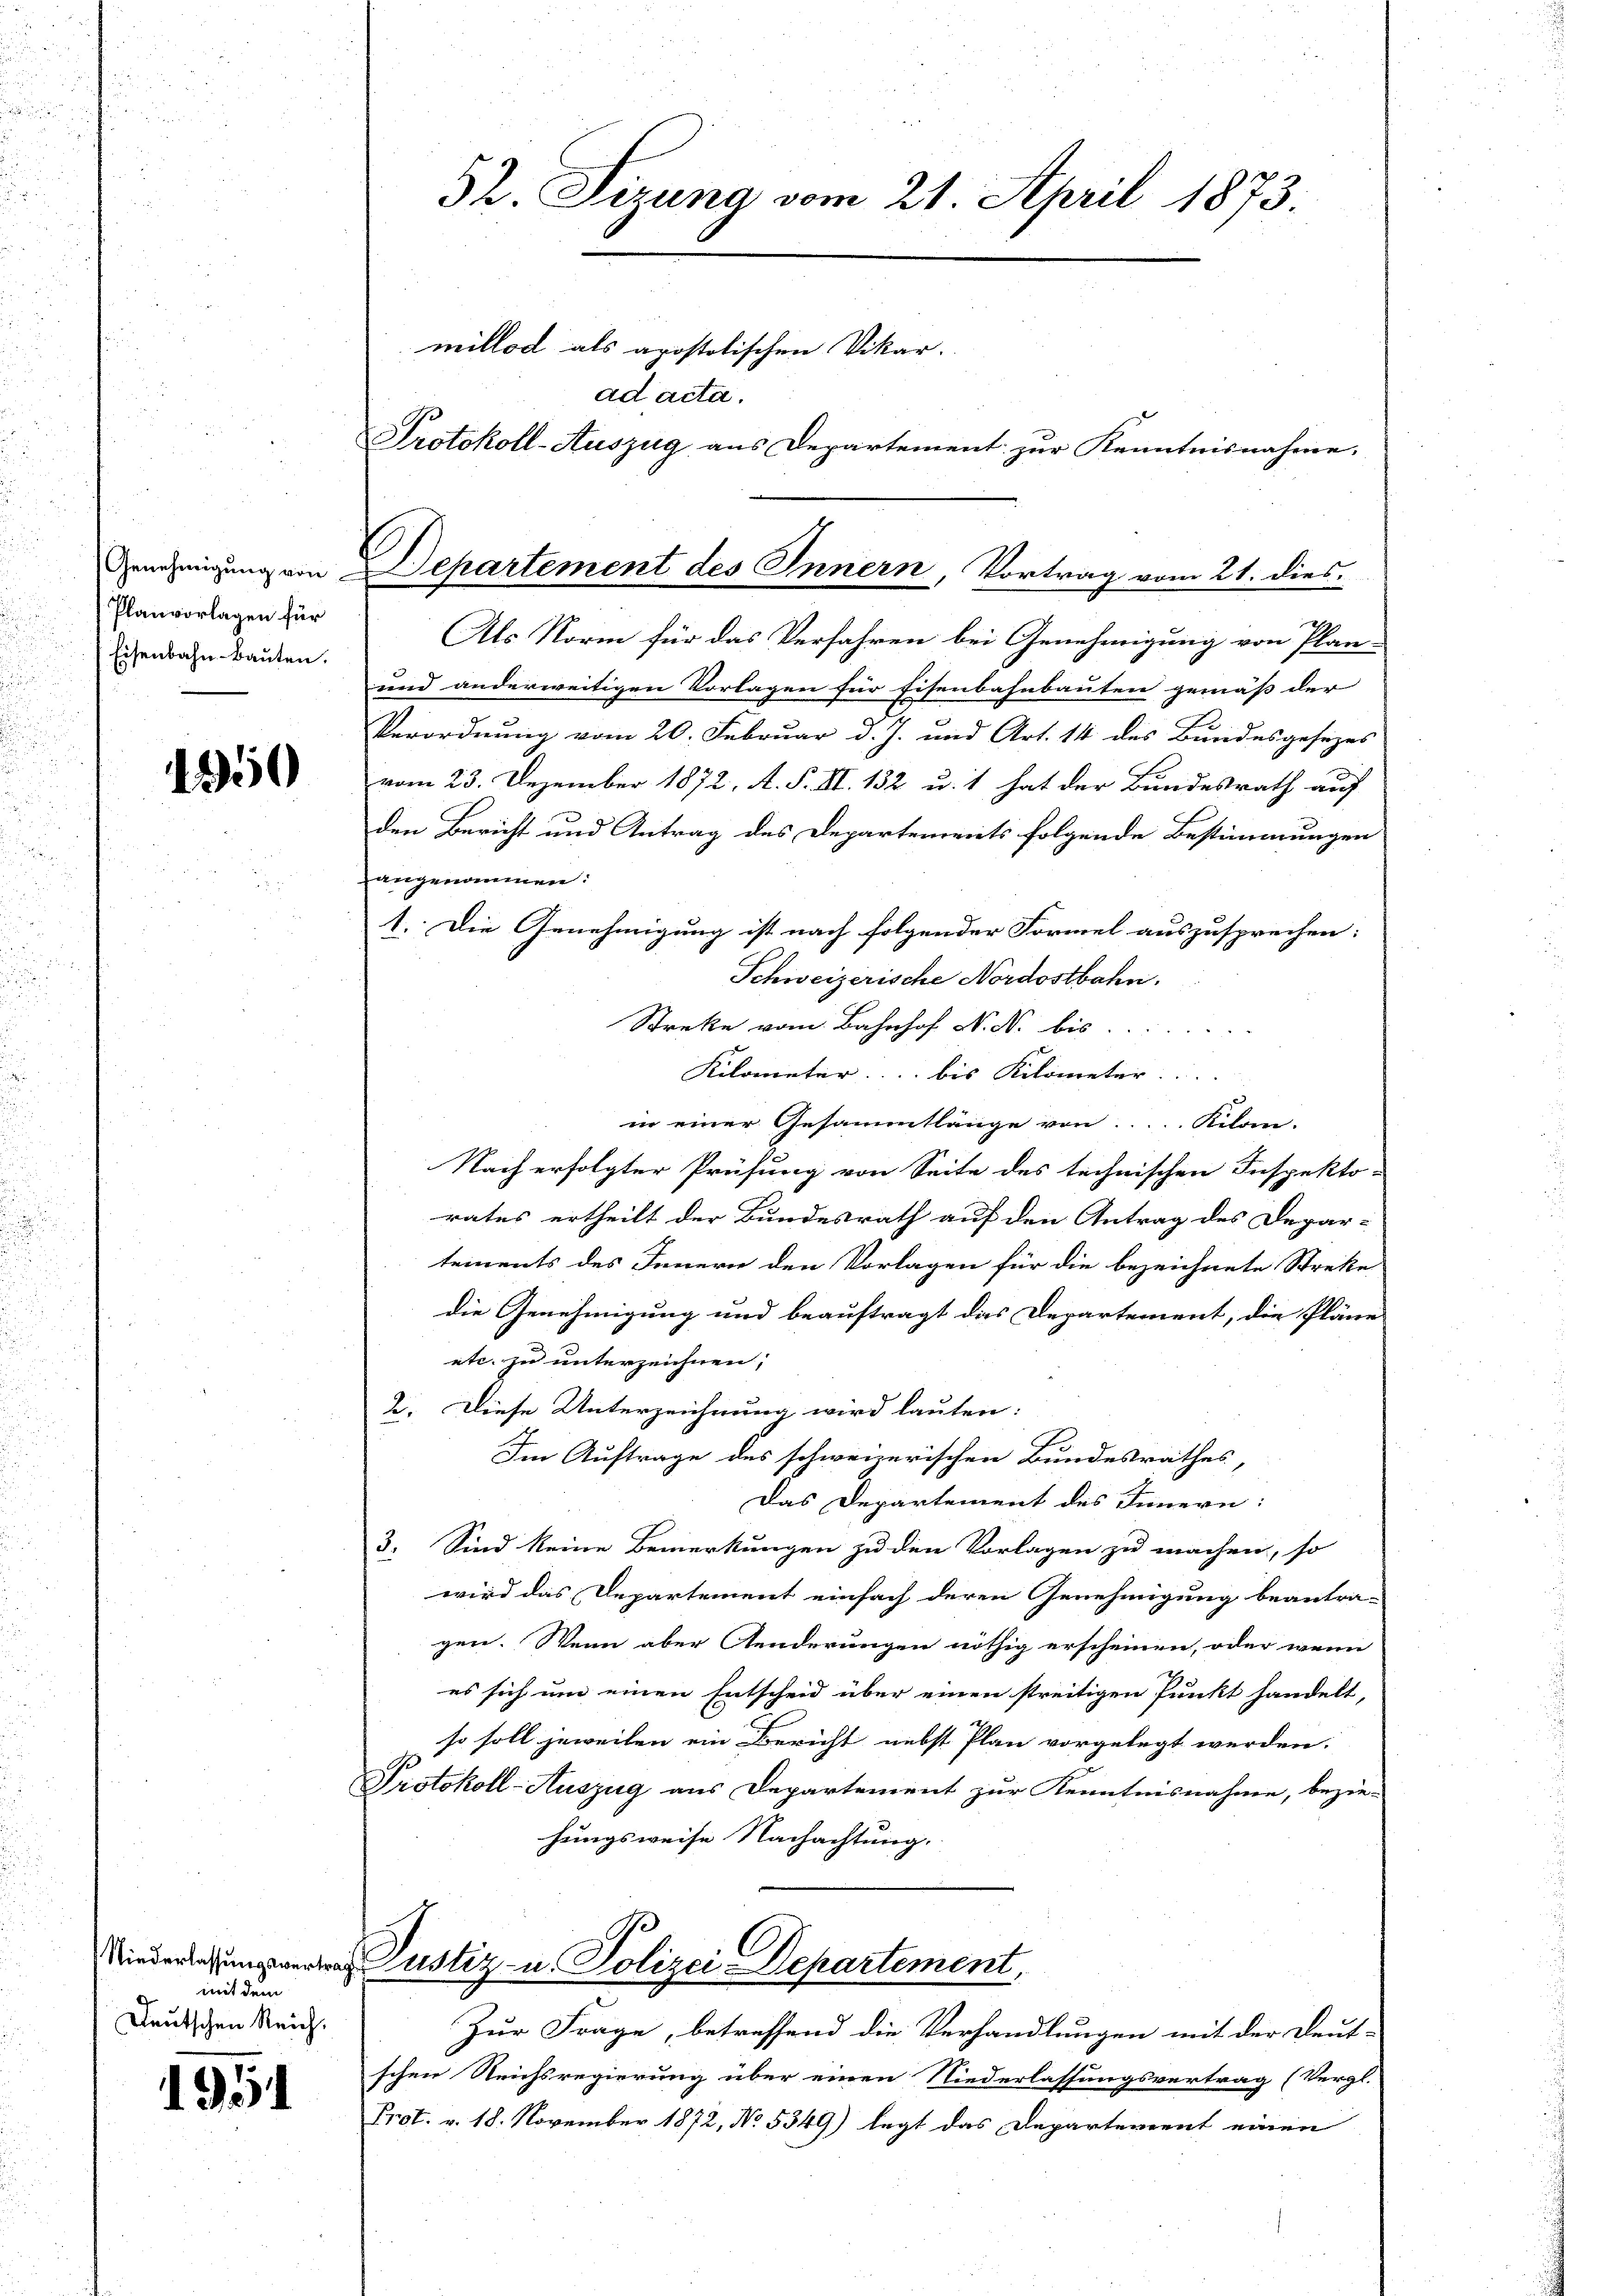
Genehmigung von
Planvorlagen für
Eisenbahn-Bauten.

1350

C

mit dem
Deutschen Reich.

1951

52. Sizung vom 21. April 1873.

millod als apostolischen Vikar.
ad acta.
Protokoll-Auszug aus Departement zur Kenntnisnahme.

Departement des Innern, Vortrag vom 21. dies

Als Norm für das Verfahren bei Genehmigung von Plan-
und anderweitigen Vorlagen für Eisenbahnbauten gemäß der
Verordnung vom 20. Februar d. J. und Art. 14 des Bundesgesezes
vom 23. Dezember 1872, A. F. II. 132 u. 1 hat der Bundesrath auf
den Bericht und Antrag des Departements folgende Bestimmungen
Langenommen:
1. Die Genehmigung ist nach folgender Formel auszusprechen:
Schweizerische Nordostbahn.
Streke vom Bahnhof N. N. bis.........
Kilometer bis Kilometer. |
in einer Gesammtlänge von.... Kilon.
Nach erfolgter Prüfung von Seite des technischen Inspekto-
rates ertheilt der Bundesrath auf den Antrag des Depar-
tements des Innern den Vorlagen für die bezeichnete Streke
die Genehmigung und beauftragt das Departement, die Pläne
etc. zu unterzeichnen;
2. Diese Unterzeichnung wird lauten:
Im Auftrage des schweizerischen Bundesrathes,
Das Departement des Innern:
3. Sind keine Bemerkungen zu den Vorlagen zu machen, so
wird das Departement einfach deren Genehmigung beantra-
gen. Wenn aber Aenderungen nöthig erscheinen, oder wenn
es sich um einen Entscheid über einen streitigen Punkt handelt,
so soll jeweilen ein Bericht nebst Plan vorgelegt werden.
Protokoll-Auszug aus Departement zur Kenntnisnahme, bezie
hungsweise Nachachtung.
e Justiz u. Polizei Departement,
Zur Frage, betreffend die Verhandlungen mit der Deut-
schen Reichsregierung über einen Niederlassungsvertrag (Vergl.
Prot. v. 18. November 1872, No 5349) legt das Departement einen